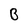
Character: B